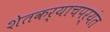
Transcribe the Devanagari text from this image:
शेतकर्याचपर्यंत